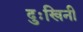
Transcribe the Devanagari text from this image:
दुःखिनी